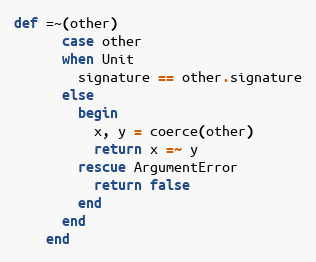
Language: Ruby
def =~(other)
      case other
      when Unit
        signature == other.signature
      else
        begin
          x, y = coerce(other)
          return x =~ y
        rescue ArgumentError
          return false
        end
      end
    end